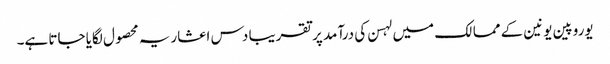
یوروپین یونین کے ممالک میں لہسن کی درآمد پر تقریبا دس اعشاریہ محصول لگایا جاتا ہے۔